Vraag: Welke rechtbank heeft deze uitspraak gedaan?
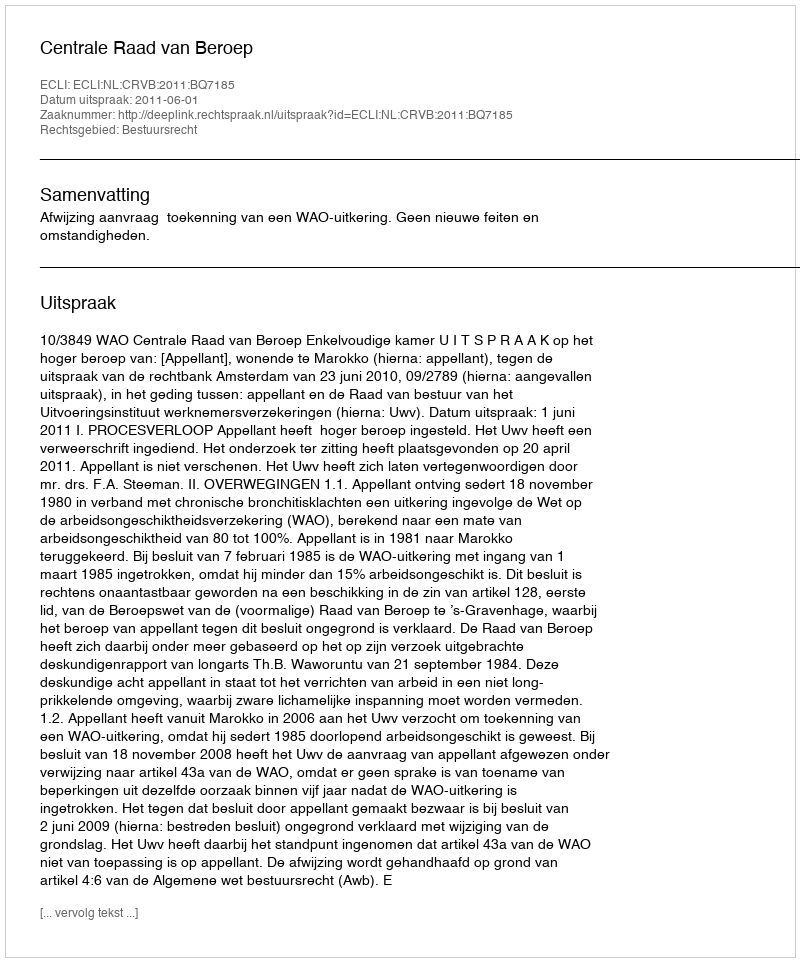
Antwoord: Centrale Raad van Beroep